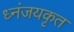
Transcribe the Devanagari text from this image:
ध्नंजयकृत